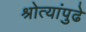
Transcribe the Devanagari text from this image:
श्रोत्यांपुढे